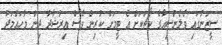
ސީޒަނުގައި ވެލެންސިއާގެ ކޯޗަކަށް އެ ޓީމަށް ކުރިން ވެސް އިރުޝާދު ދިން މުހައްމަދު